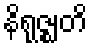
နိရုဇ္ဈတိ